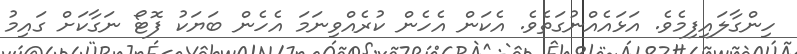
ހިންގާލައިފިމެވެ. އަޅައެއްނުގަތެވެ. އެކަން އެހެން ކުރެއްވިނަމަ އެހެން ބަޔަކު ފޮޓޯ ނަގާކަށް ގައިމު